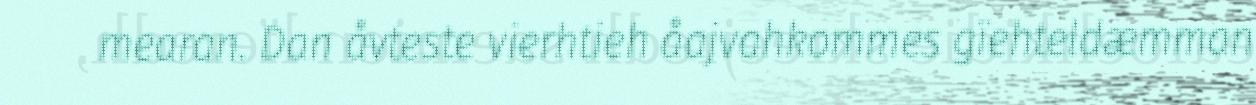
mearan. Dan åvteste vierhtieh åajvahkommes gïehteldæmman